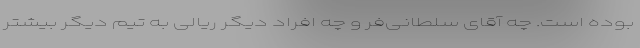
بوده است. چه آقای سلطانی‌فر و چه افراد دیگر ریالی به تیم دیگر بیشتر